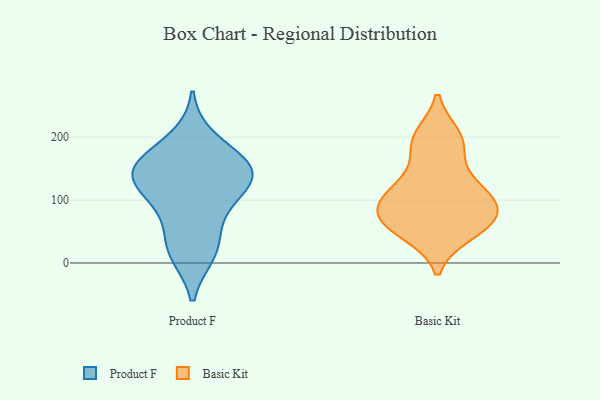
{"axis": {"x": "Population (Million)", "y": "Value"}, "legend": ["Basic Kit", "Product F"], "data": [{"x": "", "y": 102, "type": "Product F"}, {"x": "", "y": 147, "type": "Product F"}, {"x": "", "y": 151, "type": "Product F"}, {"x": "", "y": 98, "type": "Product F"}, {"x": "", "y": 198, "type": "Product F"}, {"x": "", "y": 126, "type": "Product F"}, {"x": "", "y": 18, "type": "Product F"}, {"x": "", "y": 153, "type": "Product F"}, {"x": "", "y": 50, "type": "Product F"}, {"x": "", "y": 160, "type": "Product F"}, {"x": "", "y": 141, "type": "Product F"}, {"x": "", "y": 15, "type": "Product F"}, {"x": "", "y": 191, "type": "Basic Kit"}, {"x": "", "y": 71, "type": "Basic Kit"}, {"x": "", "y": 49, "type": "Basic Kit"}, {"x": "", "y": 56, "type": "Basic Kit"}, {"x": "", "y": 91, "type": "Basic Kit"}, {"x": "", "y": 124, "type": "Basic Kit"}, {"x": "", "y": 94, "type": "Basic Kit"}, {"x": "", "y": 76, "type": "Basic Kit"}, {"x": "", "y": 110, "type": "Basic Kit"}, {"x": "", "y": 190, "type": "Basic Kit"}, {"x": "", "y": 61, "type": "Basic Kit"}, {"x": "", "y": 123, "type": "Basic Kit"}, {"x": "", "y": 200, "type": "Basic Kit"}]}